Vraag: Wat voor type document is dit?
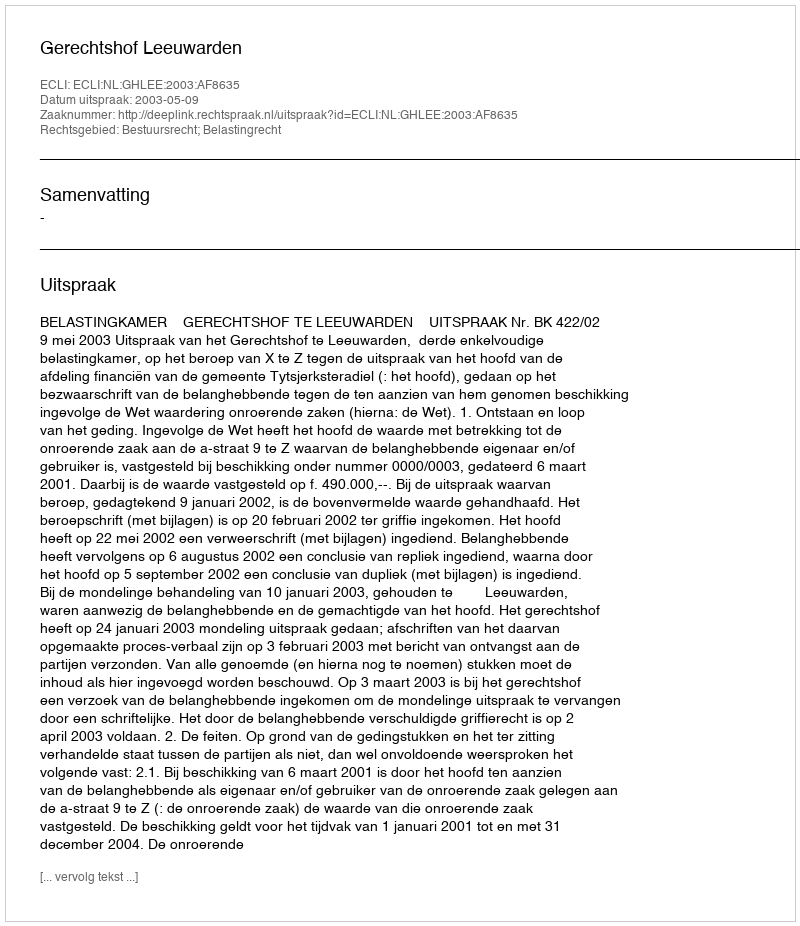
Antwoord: Uitspraak